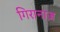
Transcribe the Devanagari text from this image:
गिरानाज़